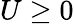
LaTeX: U\geq 0